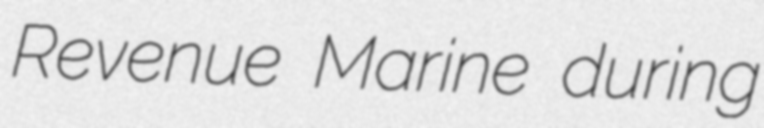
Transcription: Revenue Marine during